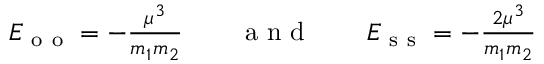
\begin{array} { r } { E _ { \mathrm { ~ o ~ o ~ } } = - \frac { \mu ^ { 3 } } { m _ { 1 } m _ { 2 } } \quad \quad \mathrm { ~ a ~ n ~ d ~ } \quad \quad E _ { \mathrm { ~ s ~ s ~ } } = - \frac { 2 \mu ^ { 3 } } { m _ { 1 } m _ { 2 } } \; } \end{array}